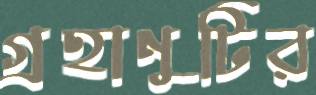
গ্রহাণুটির